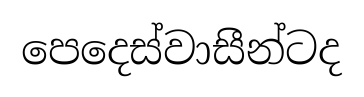
පෙදෙස්වාසීන්ටද